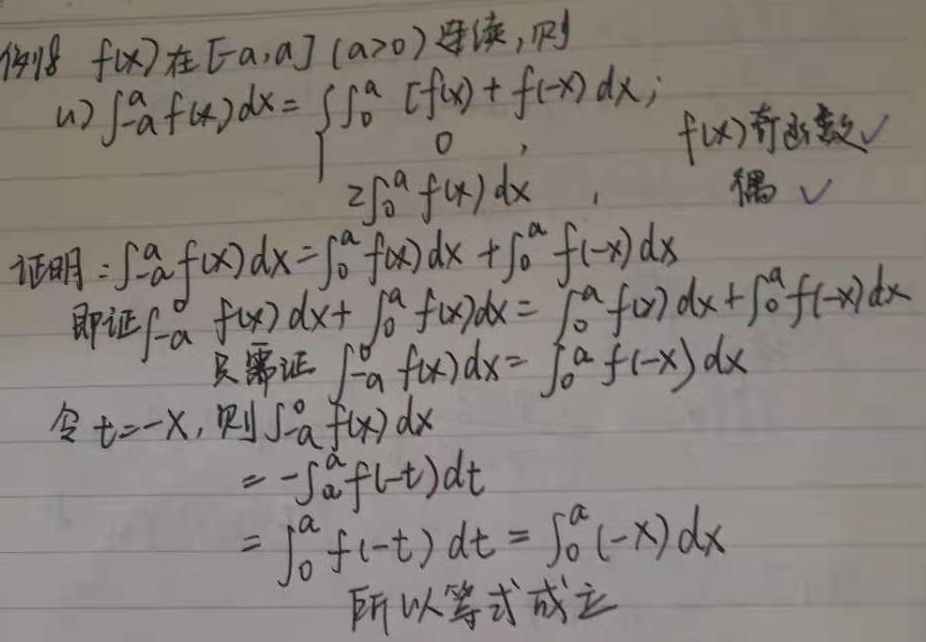
例18 \(f(x)\)在\([-a,a]\ (a > 0)\)连续，则
(1) \(\int_{-a}^{a} f(x)dx = \begin{cases}\int_{0}^{a} [f(x)+f(-x)]dx \\0, & \text{若 }f(x)\text{ 是奇函数}\checkmark \\2\int_{0}^{a} f(x)dx, & \text{若 }f(x)\text{ 是偶函数}\checkmark\end{cases}\)

证明：
\(\int_{-a}^{a} f(x)dx=\int_{-a}^{0} f(x)dx+\int_{0}^{a} f(x)dx\)
即证\(\int_{-a}^{0} f(x)dx+\int_{0}^{a} f(x)dx = \int_{0}^{a} f(x)dx+\int_{0}^{a} f(-x)dx\)
只需证 \(\int_{-a}^{0} f(x)dx= \int_{0}^{a} f(-x)dx\)
令\(t = -x\)，则
\(\int_{-a}^{0} f(x)dx\)
\(=-\int_{a}^{0} f(-t)dt\)
\(=\int_{0}^{a} f(-t)dt=\int_{0}^{a} f(-x)dx\)
所以等式成立